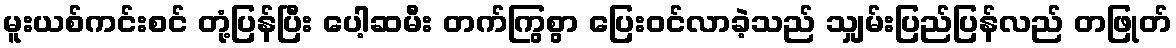
မူးယစ်ကင်းစင် တုံ့ပြန်ပြီး ပေါ့ဆမီး တက်ကြွစွာ ပြေးဝင်လာခဲ့သည် သျှမ်းပြည်ပြန်လည် တဖြုတ်